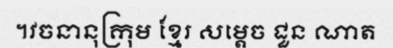
។វចនានុក្រុម ខ្មែរ សម្តេច ជួន ណាត